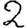
Digit: 2